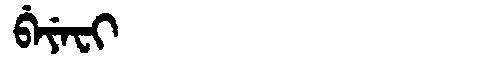
Manchu: ᠪᡝᠶᡝᠸᡳ
Romanization: BEYEFI